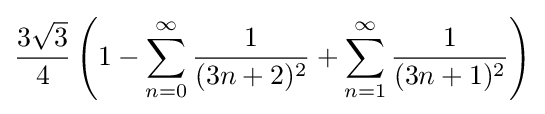
{\frac {3{\sqrt {3}}}{4}}\left(1-\sum _{n=0}^{\infty }{\frac {1}{(3n+2)^{2}}}+\sum _{n=1}^{\infty }{\frac {1}{(3n+1)^{2}}}\right)